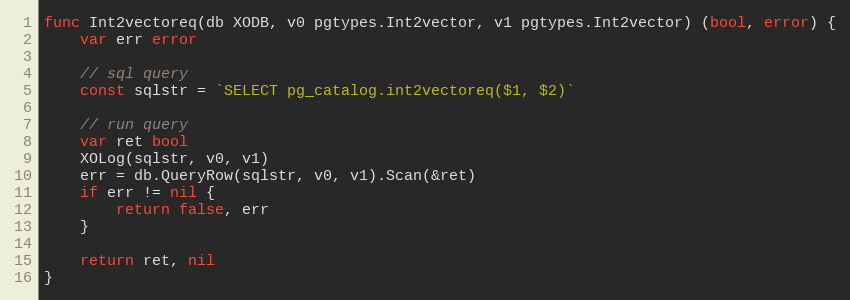
Language: Go
func Int2vectoreq(db XODB, v0 pgtypes.Int2vector, v1 pgtypes.Int2vector) (bool, error) {
	var err error

	// sql query
	const sqlstr = `SELECT pg_catalog.int2vectoreq($1, $2)`

	// run query
	var ret bool
	XOLog(sqlstr, v0, v1)
	err = db.QueryRow(sqlstr, v0, v1).Scan(&ret)
	if err != nil {
		return false, err
	}

	return ret, nil
}